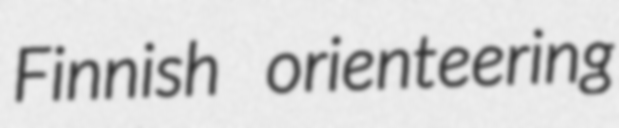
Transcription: Finnish orienteering